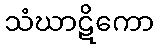
သံဃာဋိကော